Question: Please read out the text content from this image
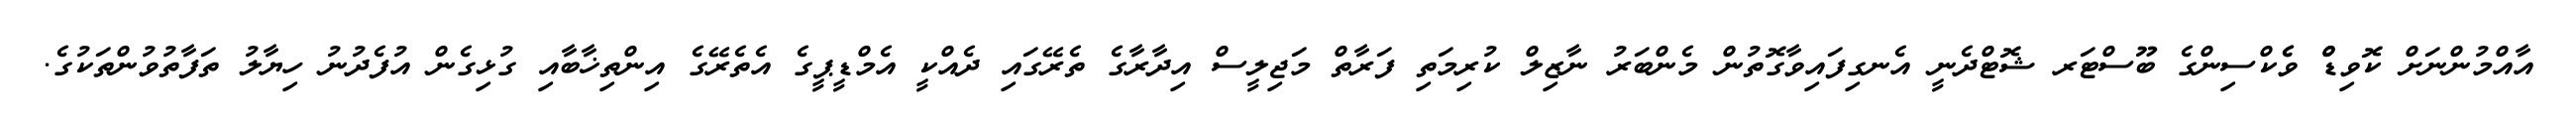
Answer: އާއްމުންނަށް ކޮވިޑްް ވެެކްސިންގެ ބޫސްޓަރ ޝޮޓްދެނީ އެނގިފައިވާގޮތުން މެންބަރު ނާޒިލް ކުރިމަތި ފަރާތް މަޖިލީސް އިދާރާގެ ތެރޭގައި ދެއްކީ އެމްޑީޕީގެ އެތެރޭގެ އިންތިޚާބާއި ގުޅިގެން އުފެދުނު ހިޔާލު ތަފާތުވުންތަކުގެ.